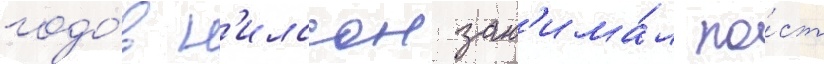
годо́в н'илссон зан'има́л по́ст